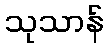
သုသာန်